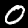
Label: 0